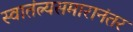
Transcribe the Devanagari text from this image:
स्वातंत्र्यसमारानंतर